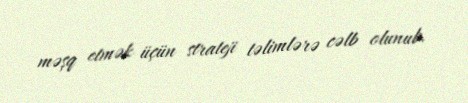
məşq etmək üçün strateji təlimlərə cəlb olunub.